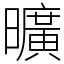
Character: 曠